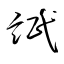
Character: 氓